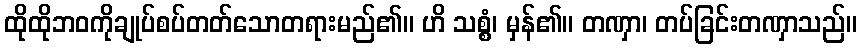
ထိုထိုဘဝကိုချုပ်စပ်တတ်သောတရားမည်၏။ ဟိ သစ္စံ၊ မှန်၏။ တဏှာ၊ တပ်ခြင်းတဏှာသည်။